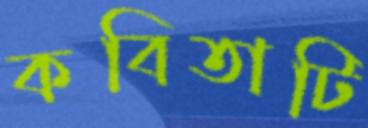
কবিতাটি